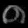
Digit: ၈